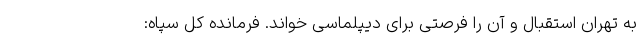
به تهران استقبال و آن را فرصتی برای دیپلماسی خواند. فرمانده کل سپاه: